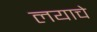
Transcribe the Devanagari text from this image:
लयाचे